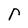
Character: r